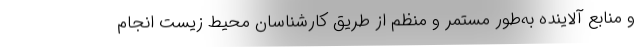
و منابع آلاینده به‌طور مستمر و منظم از طریق کارشناسان محیط‌ زیست انجام